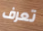
تعرف